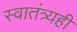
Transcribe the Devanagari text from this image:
स्वातंत्र्यही